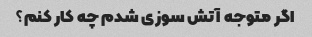
اگر متوجه آتش سوزی شدم چه کار کنم؟